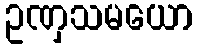
ဥဏှသမယော